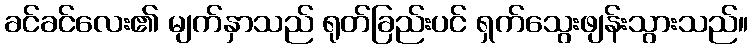
ခင်ခင်လေး၏ မျက်နှာသည် ရုတ်ခြည်းပင် ရှက်သွေးဖျန်းသွားသည်။